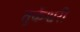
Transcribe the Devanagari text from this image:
तुर्केश्वरी